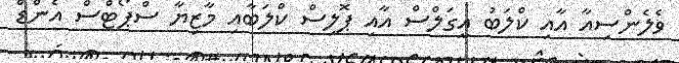
ވެލެންސިއާ އާއި ކްލަބު އީގަލްސް އާއި ޕޮލިސް ކްލަބާއި މާޒިޔާ ސްޕޯޓްސް އެންޑް